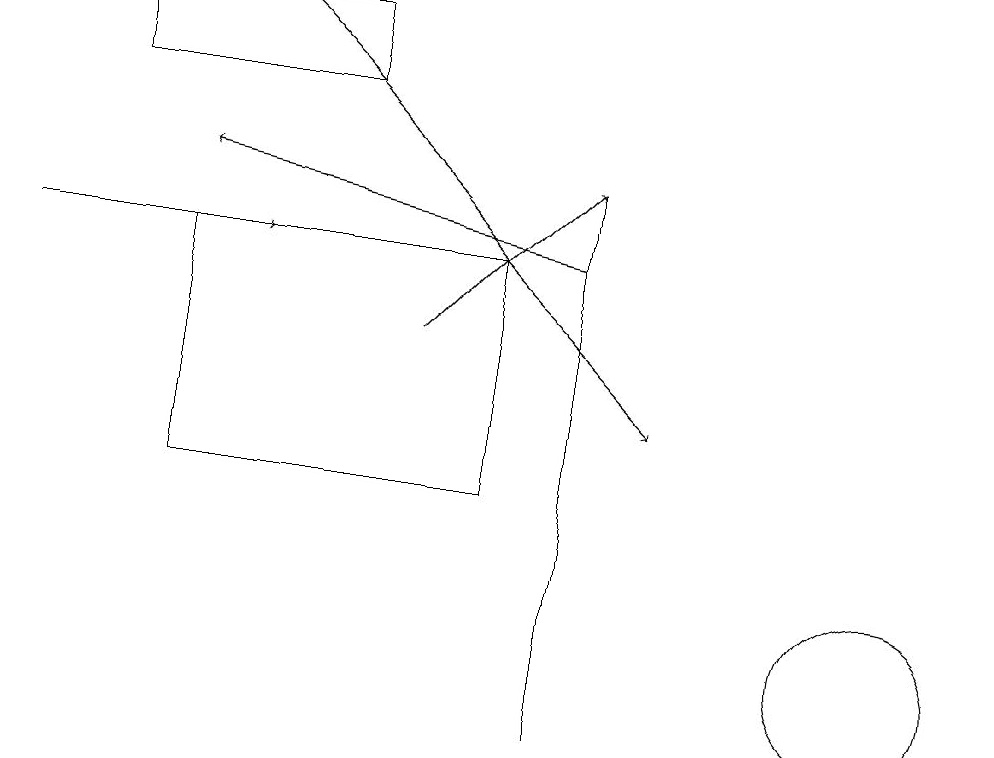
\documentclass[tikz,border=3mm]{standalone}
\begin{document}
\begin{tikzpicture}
\draw (6,16) rectangle (2,13);
\draw[->] (7,16) -- (2,17);
\draw[->] (3,19) -- (8,14);
\draw[->] (5,15) -- (7,17);
\draw (7,10) rectangle (7,17);
\draw (11,11) circle (1);
\draw (1,19) rectangle (4,18);
\draw[->] (0,16) -- (3,16);
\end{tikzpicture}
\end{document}